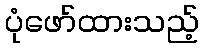
ပုံဖော်ထားသည့်